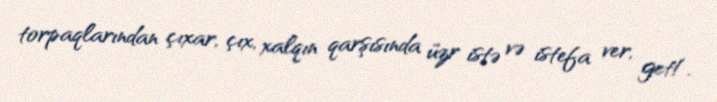
torpaqlarından çıxar, çıx, xalqın qarşısında üzr istə və istefa ver, get!.